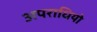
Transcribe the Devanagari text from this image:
अपराधियो